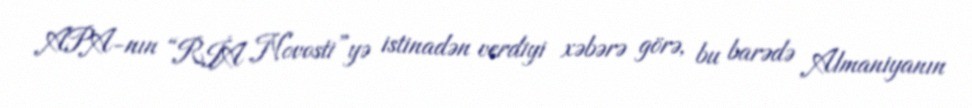
APA-nın “RİA Novosti”yə istinadən verdiyi xəbərə görə, bu barədə Almaniyanın